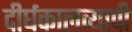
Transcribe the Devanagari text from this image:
दीर्घकालव्यापी